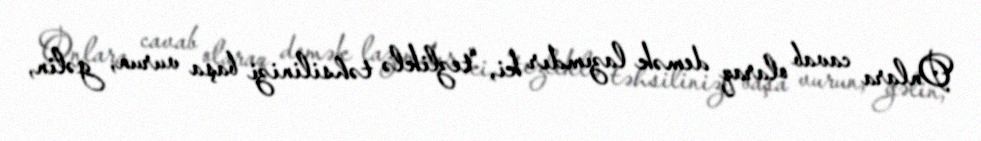
Onlara cavab olaraq demək lazımdır ki, “tezliklə təhsilinizi başa vurun, gəlin,